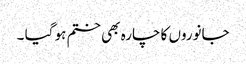
جانوروں کا چارہ بھی ختم ہو گیا ۔